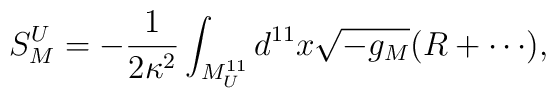
S_M^U = - {1\over 2 \kappa^2} \int_{M^{11}_U} d^{11} x \sqrt{-g_M} (R +\cdots),